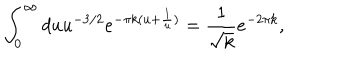
\int _ { 0 } ^ { \infty } d u u ^ { - 3 / 2 } e ^ { - \pi k ( u + \frac { 1 } { u } ) } = \frac { 1 } { \sqrt { k } } e ^ { - 2 \pi k } ,